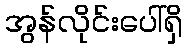
အွန်လိုင်းပေါ်ရှိ